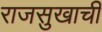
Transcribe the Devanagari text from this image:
राजसुखाची